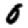
Digit: 0